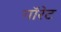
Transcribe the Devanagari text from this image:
गॉरेट